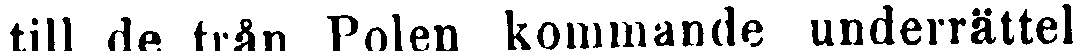
till de från Polen kommande underrättel-